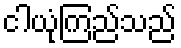
ငါယုံကြည်သည်